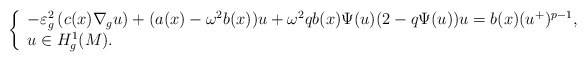
\begin{align*}\left\{\begin{array}[c]{l}-\varepsilon^{2}_{g}\left( c(x)\nabla_{g}u\right) +(a(x)-\omega^{2}b(x))u+\omega^{2}qb(x)\Psi(u)(2-q\Psi(u))u=b(x)(u^{+})^{p-1},\\u\in H_{g}^{1}(M).\end{array}\right. \end{align*}